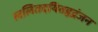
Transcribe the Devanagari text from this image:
ललितदयितहृद्रंजन